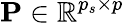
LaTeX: \mathbf{P}\in\mathbb{R}^{p_{s}\times p}